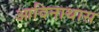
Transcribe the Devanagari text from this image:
आदिनाथास